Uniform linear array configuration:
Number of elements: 48
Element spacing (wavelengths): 1
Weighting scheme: exponential
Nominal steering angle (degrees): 15
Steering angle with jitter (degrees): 13.11
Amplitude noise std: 0.05
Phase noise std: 0.05

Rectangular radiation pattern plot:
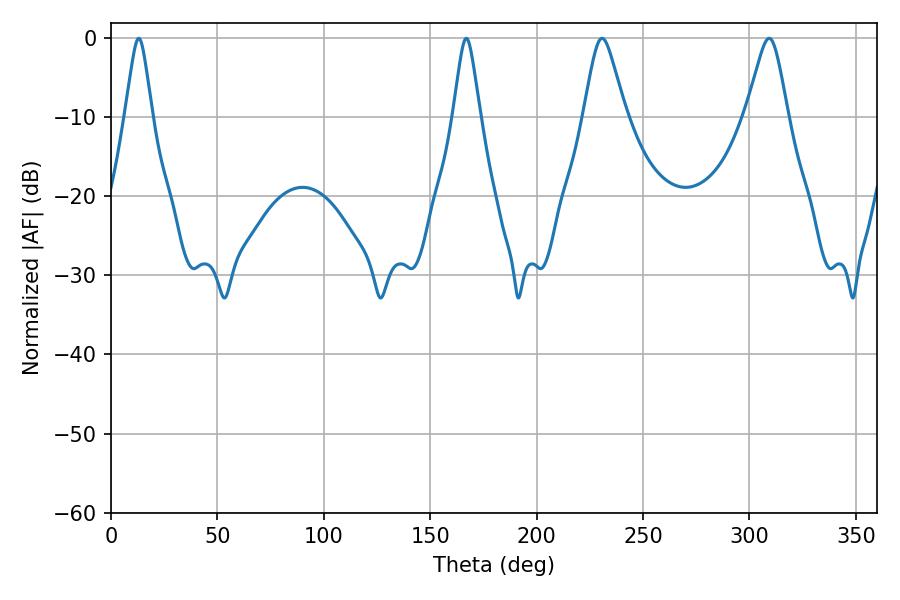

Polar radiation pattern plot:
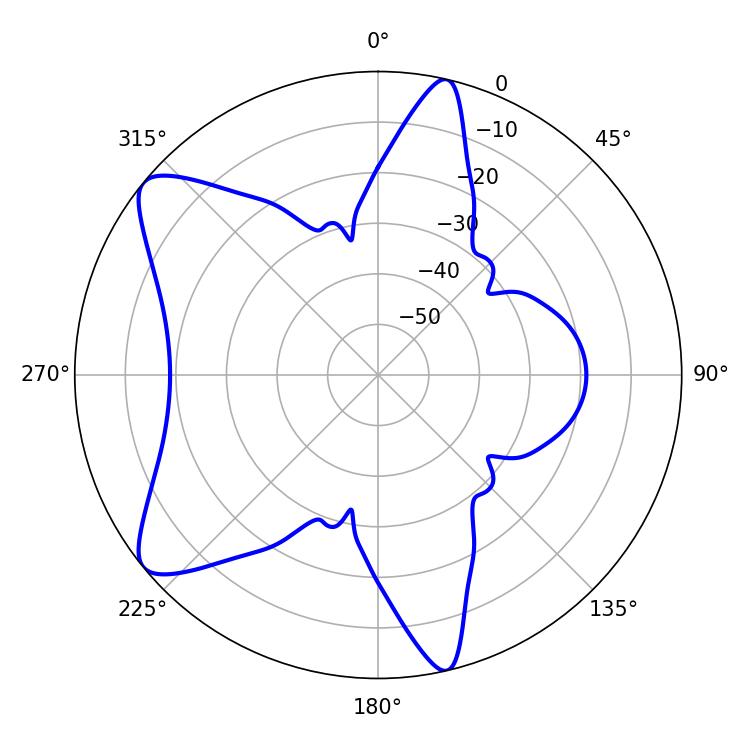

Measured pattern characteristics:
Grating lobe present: TRUE
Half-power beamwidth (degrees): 9.36
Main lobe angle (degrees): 230.76